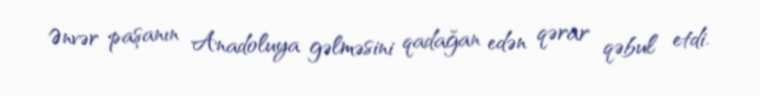
Ənvər paşanın Anadoluya gəlməsini qadağan edən qərar qəbul etdi.